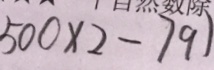
5 0 0 \times 2 - 7 9 1